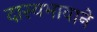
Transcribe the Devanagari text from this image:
दास्यभावाने